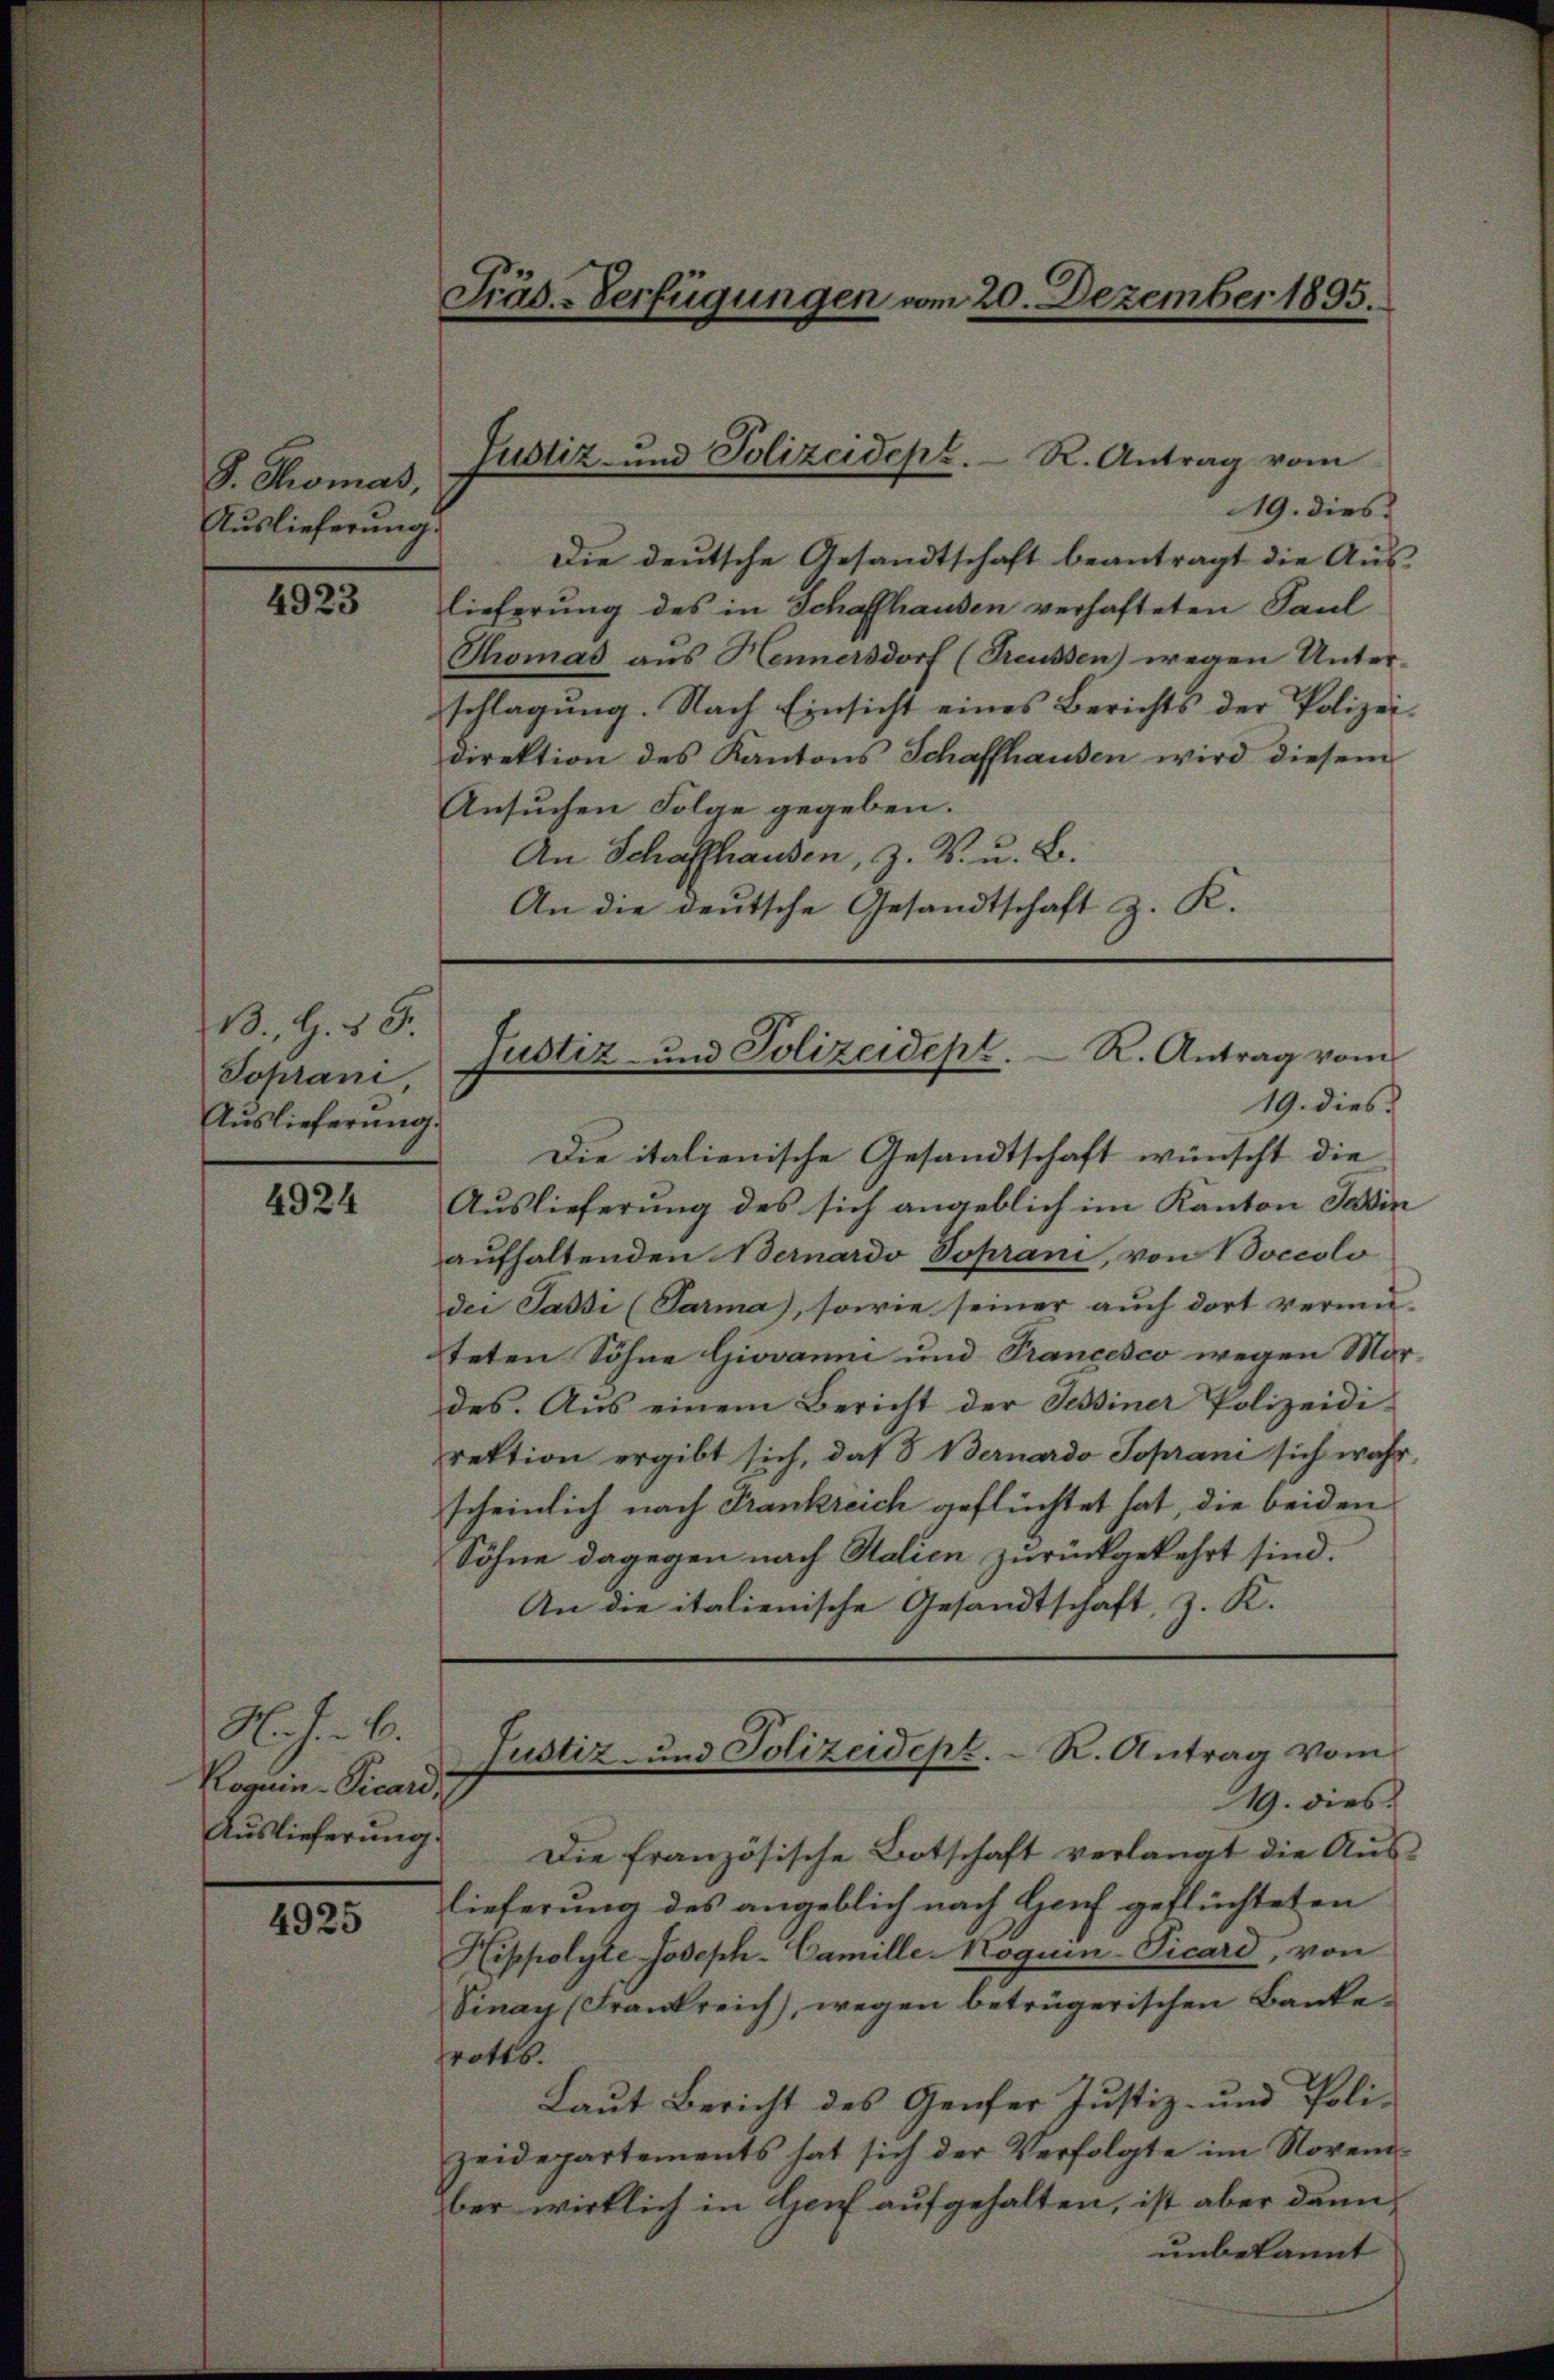
S. Thomas,
Auslieferung.

4923

B. G. 15.
Toprani,
Auslieferung.

4924

N. J. C.
Rogiin-Vicard 7

4925

19. dies
Die deutsche Gesandtschaft beantragt die Aus-
lieferung des in Schaffhausen verhafteten Paul
Thomas aus Hennersdorf (Treussen) wegen Unter-
schlagung. Nach Einsicht eines Berichts der Polizeidirektion des Kantons Schaffhausen wird diesem
Ansuchen Folge gegeben.
An Schaffhausen, z. B. u. B.
An die deutsche Gesandtschaft z. K.

Präs.-Verfügungen vom 20. Dezember 1895.

Justiz- und Polizeidepz. R. Antrag vom

Justiz- und Polizeidept. R. Antrag vom
19. dies

Die italienische Gesandtschaft wünscht die
Auslieferung des sich angeblich im Kanton Jasin
aufhaltenden Bernardo Toprani, von Boccolo
der Passi (Parma), sowie seiner auch dort vermu-
teten Söhne Giovanni und Francesco wegen Mor-
des. Aus einem Bericht der Schiner Polizeidi-
rektion ergibt sich, daß  Bernardo soprani sich wahr,
scheinlich nach Frankreich geflüchtet hat, die beiden
Söhne dagegen nach Salien zurückgekehrt sind.
An die italienische Gesandtschaft, z. K.
Justiz- und Polizeidept. R. Antrag vom
19. dies
Aŭslieferŭng. Die französische Botschaft verlangt die Aŭs-
lieferung des angeblich nach Hof geflüchteten
Hippolyte Joseph-Camille-Moguin-Vicard, von
Vinay (Frankreich), wegen betrügerischen Bankerotts.
Laut Bericht des Genfer Justiz- und Poli-
zeidepartements hat sich der Verfolgte im November wirklich in Genf aufgehalten, ist aber dann
unbekannt